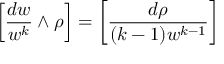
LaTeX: \left[ { \frac { d w } { w ^ { k } } } \wedge \rho \right] = \left[ { \frac { d \rho } { ( k - 1 ) w ^ { k - 1 } } } \right]